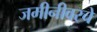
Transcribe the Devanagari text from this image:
जमीनीवरचे